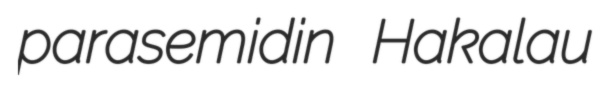
parasemidin Hakalau